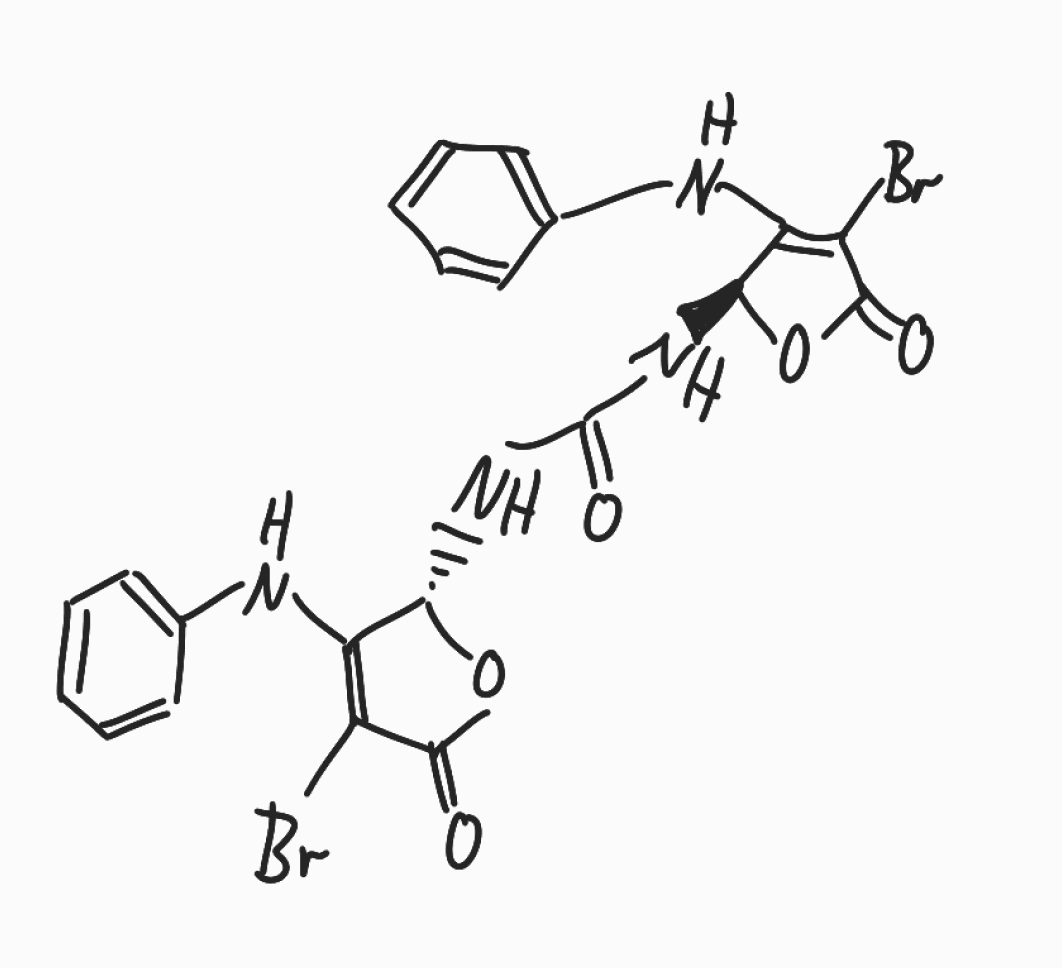
Simplified molecular-input line-entry system (SMILES) notation of the given molecule:
C1=CC=C(C=C1)NC2=C(C(=O)O[C@H]2NC(=O)N[C@H]3C(=C(C(=O)O3)Br)NC4=CC=CC=C4)Br